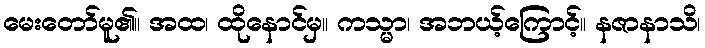
မေးတော်မူ၏။ အထ၊ ထိုနောင်မှ။ ကသ္မာ၊ အဘယ့်ကြောင့်။ နဇာနာသိ၊